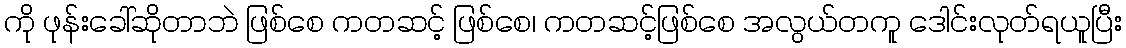
ကို ဖုန်းခေါ်ဆိုတာဘဲ ဖြစ်စေ ကတဆင့် ဖြစ်စေ၊ ကတဆင့်ဖြစ်စေ အလွယ်တကူ ဒေါင်းလုတ်ရယူပြီး